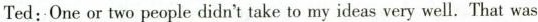
Ted: One or two people didn't take to my ideas very well. That was